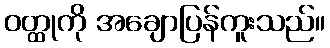
ဝတ္ထုကို အချောပြန်ကူးသည်။